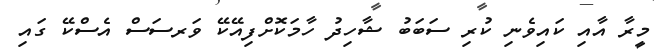
މީރާ އާއި ކައިވެނި ކުރި ސަބަބު ޝާހިދު ހާމަކޮށްފިއޭކޭ ވަރސަސް އެސްކޭ ގައި